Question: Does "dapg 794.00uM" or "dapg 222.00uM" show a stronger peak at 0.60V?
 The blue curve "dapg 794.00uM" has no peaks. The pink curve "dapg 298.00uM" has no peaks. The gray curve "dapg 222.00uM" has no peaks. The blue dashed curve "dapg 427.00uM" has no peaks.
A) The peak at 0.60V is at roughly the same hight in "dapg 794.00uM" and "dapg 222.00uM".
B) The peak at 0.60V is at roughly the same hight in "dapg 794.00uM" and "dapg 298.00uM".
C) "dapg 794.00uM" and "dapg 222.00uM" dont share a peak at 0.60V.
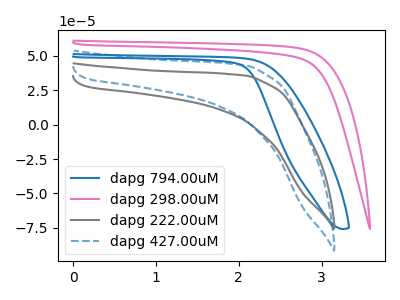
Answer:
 <answer>C) "dapg 794.00uM" and "dapg 222.00uM" dont share a peak at 0.60V.</answer>
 <eval>C</eval>